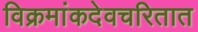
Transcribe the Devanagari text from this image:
विक्रमांकदेवचरितात